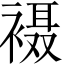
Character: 𫌇